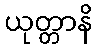
ယုတ္တာနိ